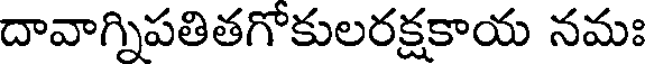
దావాగ్నిపతితగోకులరక్షకాయ నమః